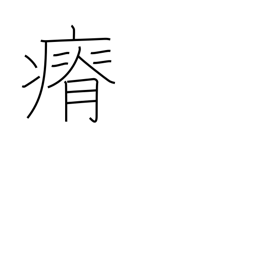
Meaning: lose weight